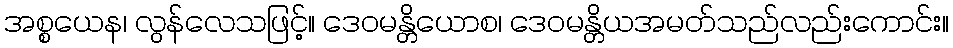
အစ္စယေန၊ လွန်လေသဖြင့်။ ဒေဝမန္တိယောစ၊ ဒေဝမန္တိယအမတ်သည်လည်းကောင်း။